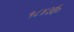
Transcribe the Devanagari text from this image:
१८४३ई०